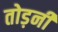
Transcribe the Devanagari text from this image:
तोड़नी